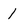
Character: 1